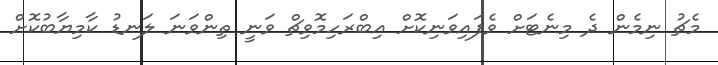
މެޗު ނިމެން ދެ މިނެޓަށް ވެފައިވަނިކޮށް އިބްރަހިމޮވިޗް ވަނީ ތިންވަނަ ލަނޑު ކާމިޔާބުކޮށް